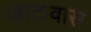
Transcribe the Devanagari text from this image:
जाटावास